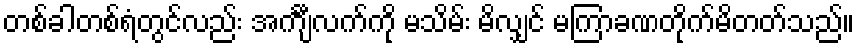
တစ်ခါတစ်ရံတွင်လည်း အင်္ကျီလက်ကို မသိမ်း မိလျှင် မကြာခဏတိုက်မိတတ်သည်။